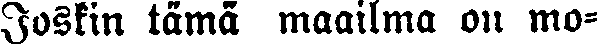
Joskin tämä maailma on mo-